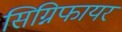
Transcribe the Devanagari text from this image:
सिग्निफायर